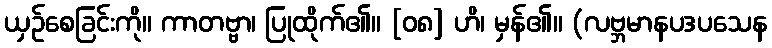
ယှဉ်စေခြင်းကို။ ကာတဗ္ဗာ၊ ပြုထိုက်၏။ [၀၈] ဟိ၊ မှန်၏။ (လဗ္ဘမာနပဒပသေန